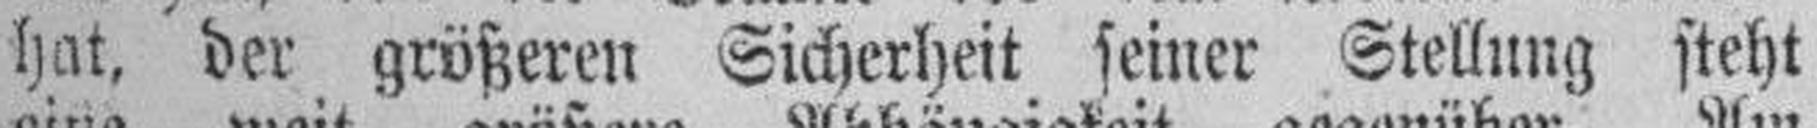
hat, der größeren Sicherheit seiner Stellung steht